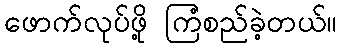
ဖောက်လုပ်ဖို့ ကြံစည်ခဲ့တယ်။